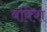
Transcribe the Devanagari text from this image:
बक्शि